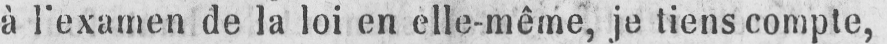
à l’examen de la loi en elle-même, je tiens compte,